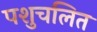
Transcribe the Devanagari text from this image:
पशुचलित